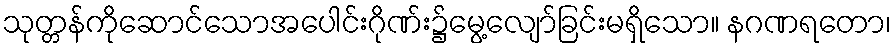
သုတ္တန်ကိုဆောင်သောအပေါင်းဂိုဏ်း၌မွေ့လျော်ခြင်းမရှိသော။ နဂဏရတော၊